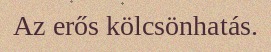
Az erős kölcsönhatás.